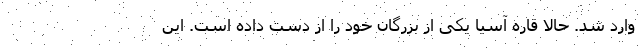
وارد شد. حالا قاره آسیا یکی از بزرگان خود را از دست داده است. این